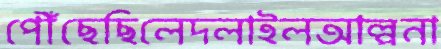
পৌঁছেছিলেদলাইলআল্পনা